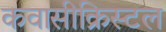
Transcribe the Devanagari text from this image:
कवासीक्रिस्टल